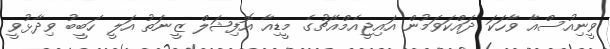
ވީނިއުސްއާ ވާހަކަ ދައްކަވަމުން އައިޖީއެމްއެޗުގެ މީޑިއާ އޮފިޝަލް ޒީނަތު އަލީ ހަބީބު ވިދާޅުވީ